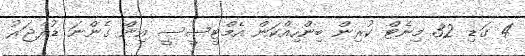
4 ގަޑި 32 މިނެޓް ކުރިން ބިންހިއްކަން އެމްޓީސީސީ އިން ގެންނަ ޑުރެޖަރު